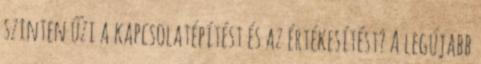
szinten űzi a kapcsolatépítést és az értékesítést? A legújabb